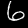
Label: 6